Annual vaccination report of Bihar and Orissa - 1911-1928
Year: 1911
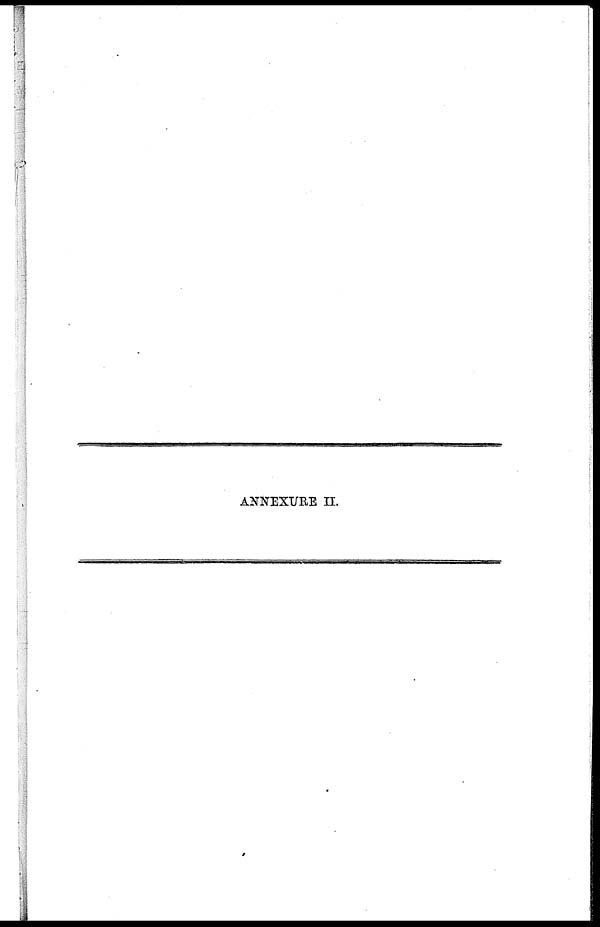
ANNEXURE II.